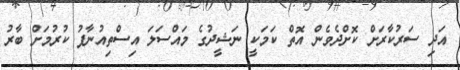
އަދި ސަރުކާރަށް ކޮށްދެވެން އޮތް ކަމަކީ ނަޝީދުގެ މައްސަލަ އިސްތިއުނާފު ކުރުމަށް ބާރު